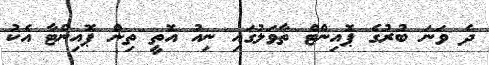
ދެ ވަނަ ބުރުގެ ޕޮއިންޓް ތާވަލުގައި ނިއު އޮތީ ތިން ޕޮއިންޓާ އެކު